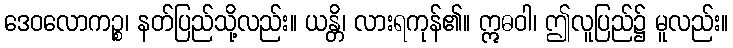
ဒေဝလောကဉ္စ၊ နတ်ပြည်သို့လည်း။ ယန္တိ၊ လားရကုန်၏။ ဣဓဝါ၊ ဤလူပြည်၌ မူလည်း။